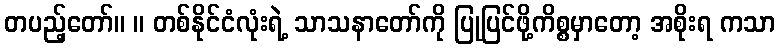
တပည့်တော်။ ။ တစ်နိုင်ငံလုံးရဲ့ သာသနာတော်ကို ပြုပြင်ဖို့ကိစ္စမှာတော့ အစိုးရ ကသာ